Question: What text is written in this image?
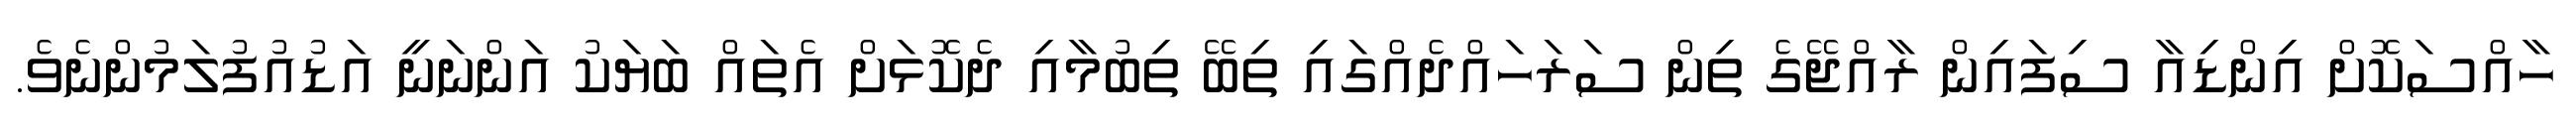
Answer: ހާއްސަކޮށް އިންޑިއާ ސިފައިން ރާއްޖޭގެ ތިން ސަރަހައްދެއްގައި ތިބޭ ތިބުމާއި ދެކޮޅަށް އެތައް ބަޔަކު އަންނަނީ އަޑުއުފުލަމުންނެވެ.